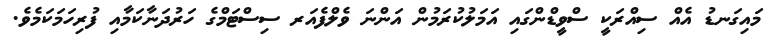
މައިގަނޑު އެއް ސިއްރަކީ ސްވީޑްންގައި އަމަލުކުރަމުން އަންނަ ވެލްފެއަރ ސިސްޓަމްގެ ހަރުދަނާކަމާއި ފުރިހަމަކަމެވެ.